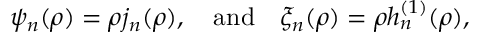
\psi _ { n } ( \rho ) = \rho j _ { n } ( \rho ) , \quad \mathrm { a n d } \quad \xi _ { n } ( \rho ) = \rho h _ { n } ^ { ( 1 ) } ( \rho ) ,